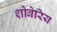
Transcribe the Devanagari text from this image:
शोबेरिय